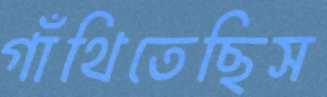
গাঁথিতেছিস